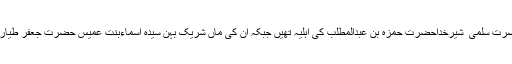
ان کی ایک اور بہن حضرت سلمیٰ ؓ شیرخداحضرت حمزہ بِن عبدالمطلب ؓکی اہلیہ تھیں جبکہ ان کی ماں شریک بہن سیدہ اسماءبِنتِ عمیس حضرت جعفر طیار ؓکی نامور زوجہ تھیں۔